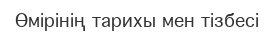
Өмірінің тарихы мен тізбесі